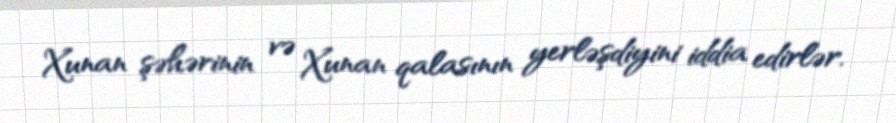
Xunan şəhərinin və Xunan qalasının yerləşdiyini iddia edirlər.